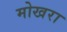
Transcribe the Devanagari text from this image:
मोखरा